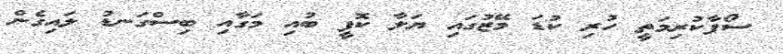
ސޯފާކުރިމަތީ ހުރި ކުޑަ މޭޒުގައި ޔަލާ ކޮފީ ބުއި މަގާއި ބިސްގަނޑު ލައިގެން